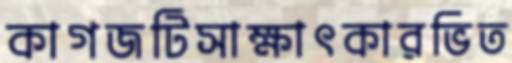
কাগজটিসাক্ষাৎকারভিত